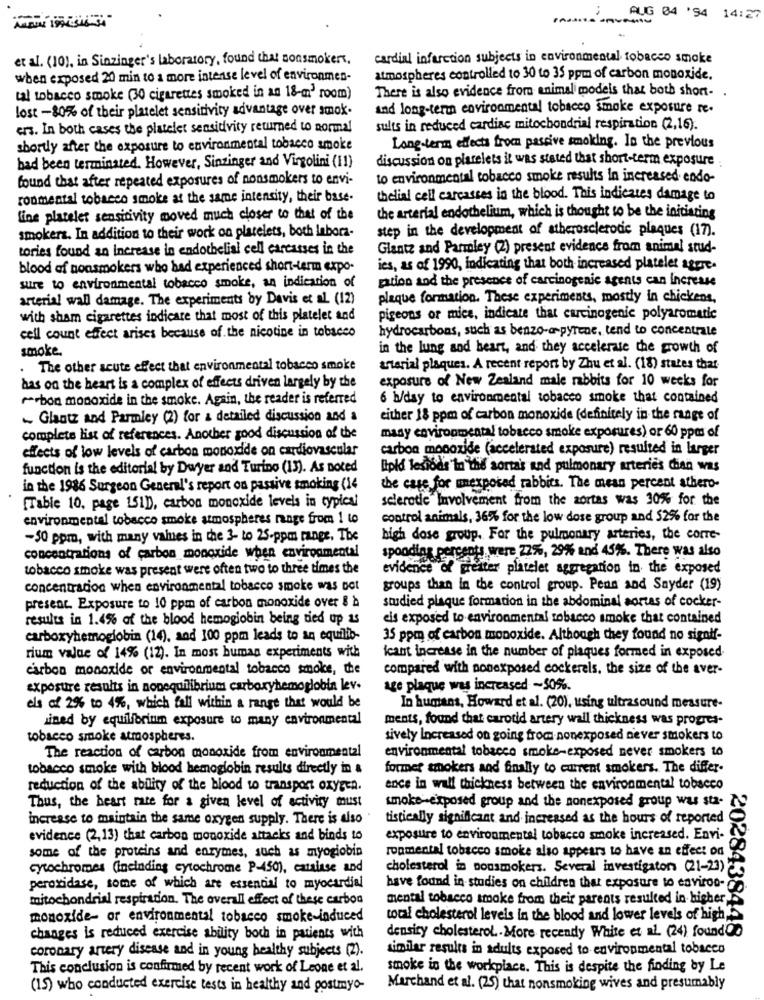
2 .... AUG 04 '94 14:27
et al. (10), in Sinzinger's laboratory, found that nonsmokers,
cardial infarction subjects in environmental tobacco smoke
when exposed 20 min to a more intense level of environmen-
atmospheres controlled to 30 to 35 ppm of carbon monoxide.
tal tobacco smoke (30 cigarettes smoked in an 18-m' room)
There is also evidence from animal models that both short- .
lost -80% of their platelet sensitivity advantage over smok-
and long-term environmental tobacco smoke exposure re.
ers. In both cases the platelet sensitivity returned to normal
sults in reduced cardiac mitochondrial respiration (2,16).
shortly after the exposure to environmental tobacco smoke
Long-term effects from passive smoking. In the previous
discussion on platelets it was stated that short-term exposure
had been terminated. However, Sinzinger and Virgolini (11)
found that after repeated exposures of nonsmokers to envi-
to environmental tobacco smoke results in increased endo-
ronmental tobacco smoke at the same intensity, their base.
thelial cell carcasses in the blood. This indicates damage to
line platelet sensitivity moved much closer to that of the
the arterial endothelium, which is thought to be the initiating
smokers. In addition to their work on platelets, both Inbora-
step in the development of atherosclerotic plaques (17).
tories found an increase in endothelial cell carcasses in the
Glantz and Parmley (2) present evidence from animal stud-
blood of nonsmokers who had experienced short-term expo-
ies, as of 1990, indicating that both increased platelet aggre.
sure to environmental tobacco smoke, an indication of
pation and the presence of carcinogenic agents can Increase
arterial wall damage. The experiments by Davis et al. (12)
plaque formation. These experiments, mostly in chickens,
with sham cigarettes indicare that most of this platelet and
pigeons or mice, indicate that carcinogenic polyaromatic
cell count effect arises because of the nicotine in tobacco
hydrocarbons, such as benzo-a-pyrene, tend to concentrale
smoke.
in the lung and heart, and they accelerate the growth of
The other acute effect that environmental tobacco smoke
arterial plaques. A recent report by Zhu et al. (18) states that
exposure of New Zealand male rabbits for 10 weeks for
has on the heart is a complex of effects driven largely by the
^^ bon monoxide in the smoke. Again, the reader is referred
6 h/day to environmental tobacco smoke that contained
~ Glantz and Parmley (2) for a detailed discussion and a
either 18 ppm of carbon monoxide (definitely in the range of
complete list of references. Another good discussion of the
many environmental tobacco smoke exposures) or 60 ppm of
effects of low levels of carbon monoxide on cardiovascular
carbon monoxide (accelerated exposure) resulted in larger
function is the editorial by Dwyer and Turino (13). As noted
lipid lesiods In thé aortak and pulmonary arteries dian was
in the 1986 Surgeon General's report on passive smoking (14
the case for mexporad rabbits. The mean percent athero-
[Table 10, page 151D), carbon monoxide levels in typles!
sclerotic Involvement from the aortas was 30% for the
environmental tobacco smoke atmospheres range from 1 to
control animals, 36% for the low dose group and $2% for the
-50 ppm, with many values in the 3- to 25-ppm range, The
high dose group. For the pulmonary arteries, the corre-
concentrations of carbon monoxide when environmental
spooding percents were 22%, 29% and 45%. There was also
tobacco smoke was present were often two to three times the
evidence of greater platelet aggregation in the exposed
concentracion when environmental tobacco smoke was not
groups than in the control group. Pean and Sayder (19)
present. Exposure to 10 ppm of carbon monoxide over & à
studied plaque formation in the abdominal wortes of cocker-
results in 1.4% af the blood hemoglobin being tied up as
eis exposed to environmental tobacco smoke that contained
carboxyhemoglobin (14), and 100 ppm leads to an equilib-
35 ppm of carbon monoxide. Although they found no signtf-
rium value of 14% (12). In most human experiments with
ican't increase in the number of plaques formed in exposed.
carbon monoxide or environmental tobacco smoke, the
compared with nonexposed cockerels, the size of the aver-
exposure results in nonequilibrium carboxyhemoglobin lev.
age plaque was increased -50%.
els af 2% to 4%, which fall within a range that would be
In humans, Howard et al. (20), using ultrasound measure-
ined by equilibrium exposure to many environmental
ments, found that carotid artery wall thickness was progres-
tobacco smoke atmospheres.
sively Increased on going from nonexposed never smokers to
The reaction of carbon monoxide from environmental
environmental tobacco smoke-exposed never smokers to
tobacco smoke with blood hemoglobin results directly in &
former smokers and finally to current smokers. The differ-
reduction of the ability of the blood to transport oxygen.
ence in wall thickness between the environmental tobacco
Thus, the heart rate for a given level of activity must
smoke -exposed group and the nonexposed group was sta-
increase to maintain the same oxygen supply. There is also
tistically significant and increased as the hours of reported
evidence (2,13) that carbon monoxide attacks and binds to
exposure to environmental tobacco smoke increased. Envi-
ropmental tobacco smoke also appears to have an effect on
some of the proteins and enzymes, such as myoglobin
cytochromes (including cytochrome P-450), catalase and
cholesterol in nonsmokers. Several investigators (21-23)
peroxidase, some of which are essential to myocardial
have found in studies on children that exposure to environ-
mitochondrial respiration. The overall effect of these carbon
mental tobacco smoke from their parents resulted in higher
monoxide- or environmental tobacco smoke-induced
total cholesterol levels in the blood and lower levels of high,
changes is reduced exercise ability boch in patients with
density cholesterol .. More recently White et al. (24) foundOD
2028438448
coronary artery disease and in young healthy subjects (2).
similar results in adults exposed to environmental tobacco
This conclusion is confirmed by recent work of Leone et al.
smoke in the workplace. This is despite the finding by Le
(15) who conducted exercise tests in healthy and postmyo-
Marchand et al. (25) that nonsmoking wives and presumably